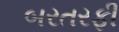
બરતરફી